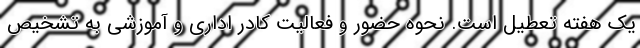
یک هفته تعطیل است. نحوه حضور و فعالیت کادر اداری و آموزشی به تشخیص